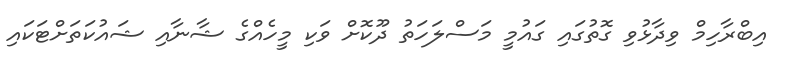
އިބްރާހިމް ވިދާޅުވި ގޮތުގައި ގައުމީ މަސްލަހަތު ދޫކޮށް ވަކި މީހެއްގެ ޝާނާއި ޝައުކަތަށްޓަކައި